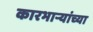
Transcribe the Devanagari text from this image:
कारभार्‍यांच्या